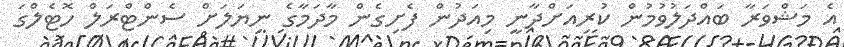
އެ މަޝްވަރާ ބައްދަލުވުމުން ކުރިއަށްދާނީ މިއަދުން ފެށިގެން މާދަމާގެ ނިޔަލަށް ސެންޓްރަލް ހޮޓެލްގަ